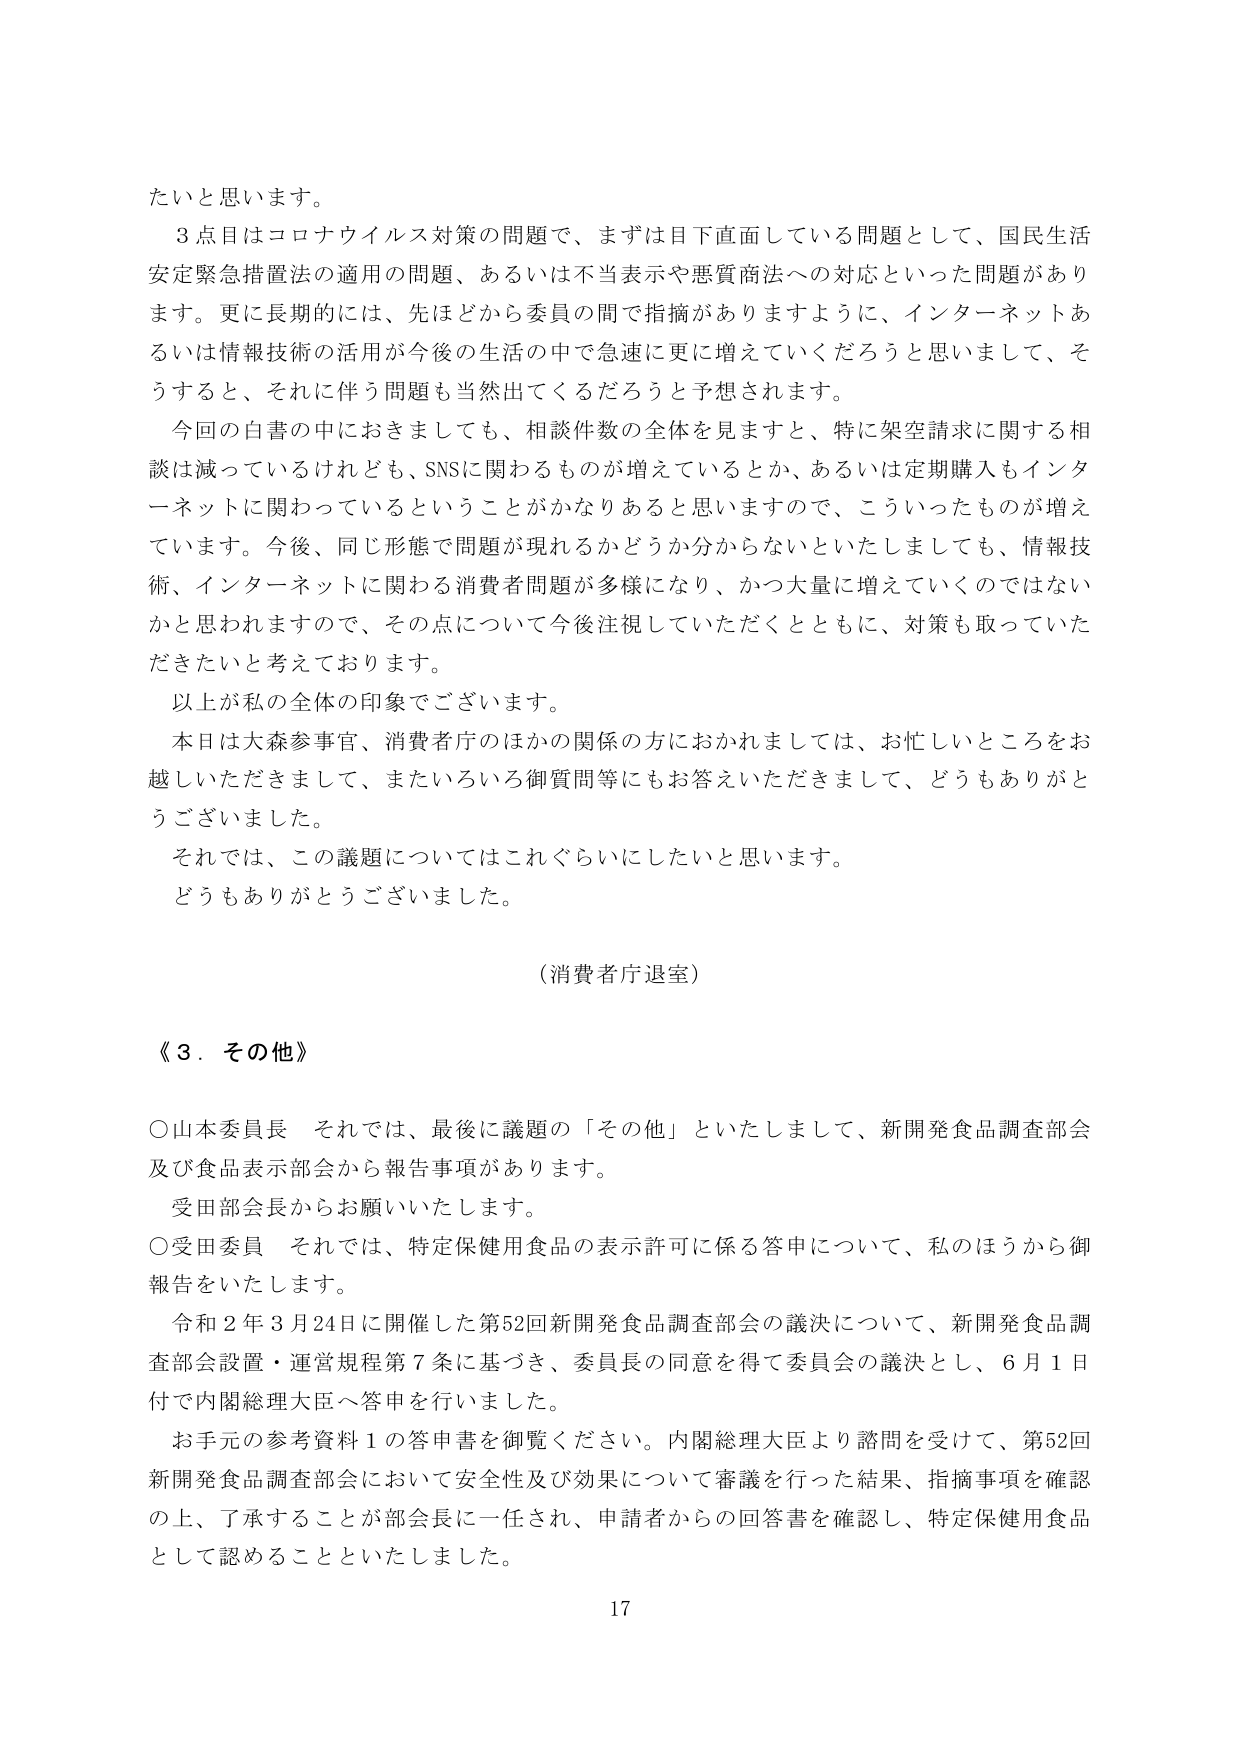
たいと思います。

３点目はコロナウイルス対策の問題で、まずは目下直面している問題として、国民生活安定緊急措置法の適用の問題、あるいは不当表示や悪質商法への対応といった問題があります。更に長期的には、先ほどから委員の間で指摘がありますように、インターネットあるいは情報技術の活用が今後の生活の中で急速に更に増えていくだろうと思いまして、そうすると、それに伴う問題も当然出てくるだろうと予想されます。

今回の白書の中におきましても、相談件数の全体を見ますと、特に架空請求に関する相談は減っているけれども、SNSに関わるものが増えているとか、あるいは定期購入もインターネットに関わっているということがかなりあると思いますので、こういったものが増えています。今後、同じ形態で問題が現れるかどうか分からないといたしましても、情報技術、インターネットに関わる消費者問題が多様になり、かつ大量に増えていくのではないかと思われますので、その点について今後注視していただくとともに、対策も取っていただきたいと考えております。

以上が私の全体の印象でございます。

本日は大森参事官、消費者庁のほかの関係の方におかれましては、お忙しいところをお越しいただきまして、またいろいろ御質問等にもお答えいただきまして、どうもありがとうございました。

それでは、この議題についてはこれぐらいにしたいと思います。

どうもありがとうございました。

（消費者庁退室）

《３．その他》

○山本委員長　それでは、最後に議題の「その他」といたしまして、新開発食品調査部会及び食品表示部会から報告事項があります。

受田部会長からお願いいたします。

○受田委員　それでは、特定保健用食品の表示許可に係る答申について、私のほうから御報告をいたします。

令和２年３月24日に開催した第52回新開発食品調査部会の議決について、新開発食品調査部会設置・運営規程第７条に基づき、委員長の同意を得て委員会の議決とし、６月１日付で内閣総理大臣へ答申を行いました。

お手元の参考資料１の答申書を御覧ください。内閣総理大臣より諮問を受けて、第52回新開発食品調査部会において安全性及び効果について審議を行った結果、指摘事項を確認の上、了承することが部会長に一任され、申請者からの回答書を確認し、特定保健用食品として認めることがといたしました。

17